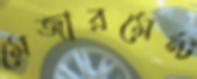
মেজারমেন্ট